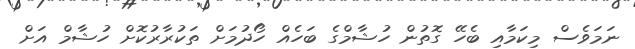
ނަމަވެސް މިކަމާއި ބެހޭ ގޮތުން ހުޝާމްގެ ބަހެއް ހޯދުމަށް ތަކުރާރުކޮށް ހުޝާމް އަށް